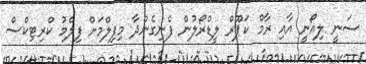
ސަނީ ލިއޯނީ އާއި ރާމް ކަޕޫރް ލީޑްރޯލުން ފެނިގެންދާ މިފިލްމަށް ފިލްމު ކްރިޓިކްސް